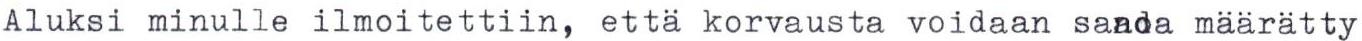
Aluksi minulle ilmoitettiin, että korvausta voidaan saada määrätty